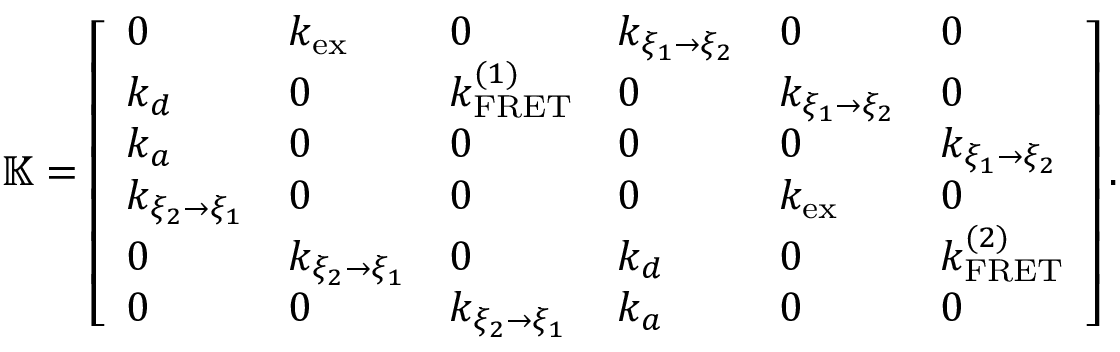
\mathbb { K } = \left[ \begin{array} { l l l l l l } { 0 } & { k _ { \mathrm { e x } } } & { 0 } & { k _ { \xi _ { 1 } \rightarrow \xi _ { 2 } } } & { 0 } & { 0 } \\ { k _ { d } } & { 0 } & { k _ { \mathrm { F R E T } } ^ { ( 1 ) } } & { 0 } & { k _ { \xi _ { 1 } \rightarrow \xi _ { 2 } } } & { 0 } \\ { k _ { a } } & { 0 } & { 0 } & { 0 } & { 0 } & { k _ { \xi _ { 1 } \rightarrow \xi _ { 2 } } } \\ { k _ { \xi _ { 2 } \rightarrow \xi _ { 1 } } } & { 0 } & { 0 } & { 0 } & { k _ { \mathrm { e x } } } & { 0 } \\ { 0 } & { k _ { \xi _ { 2 } \rightarrow \xi _ { 1 } } } & { 0 } & { k _ { d } } & { 0 } & { k _ { \mathrm { F R E T } } ^ { ( 2 ) } } \\ { 0 } & { 0 } & { k _ { \xi _ { 2 } \rightarrow \xi _ { 1 } } } & { k _ { a } } & { 0 } & { 0 } \end{array} \right] .